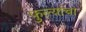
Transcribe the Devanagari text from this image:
फुल्यांचा